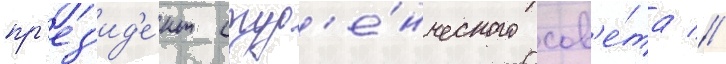
пр'ез'ид'е́нт студ'е́нческого сов'е́та //